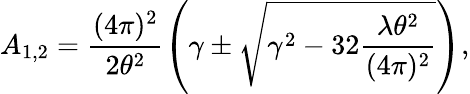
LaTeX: A_{1,2}=\frac{(4\pi)^{2}}{2\theta^{2}}\left(\gamma\pm\sqrt{\gamma^{2}-32\frac{\lambda\theta^{2}}{(4\pi)^{2}}}\right),